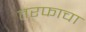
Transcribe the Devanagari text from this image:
तरफाचा